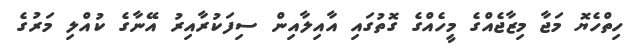
ހިތްހެޔޮ މަޖާ މިޒާޖެއްގެ މީހެއްގެ ގޮތުގައި އާއިލާއިން ސިފަކުރާއިރު އޭނާގެ ކުއްލި މަރުގެ